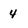
Character: 4